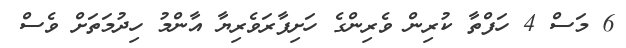
6 މަސް 4 ހަފްތާ ކުރިން ވެރިންގެ ހަށިފާރަވެރިޔާ އާންމު ހިދުމަތަށް ވެސް